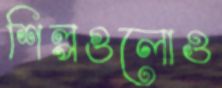
শিল্পগুলোও